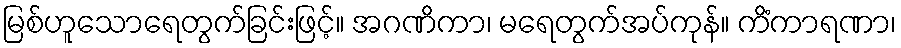
မြစ်ဟူသောရေတွက်ခြင်းဖြင့်။ အဂဏိကာ၊ မရေတွက်အပ်ကုန်။ ကိံကာရဏာ၊